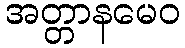
အတ္တာနမေဝ